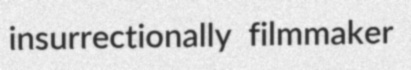
insurrectionally filmmaker